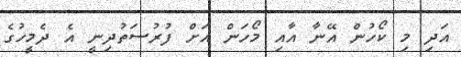
އަދި މި ކޯހުން އޭނާ އާއި މޯހަން އަށް ފުރުސަތުދިނީ އެ ދެމީހުގެ